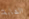
الشابة